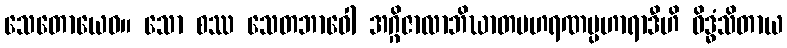
သေတောယေဝ။ သော စဿ သေတဘာဝေါ အဂ္ဂိဇာလာဘိဃာတပဟရဏပ္ပဟာရာဒီဟိ ဝိဒ္ဓံသိတာယ